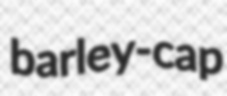
barley-cap